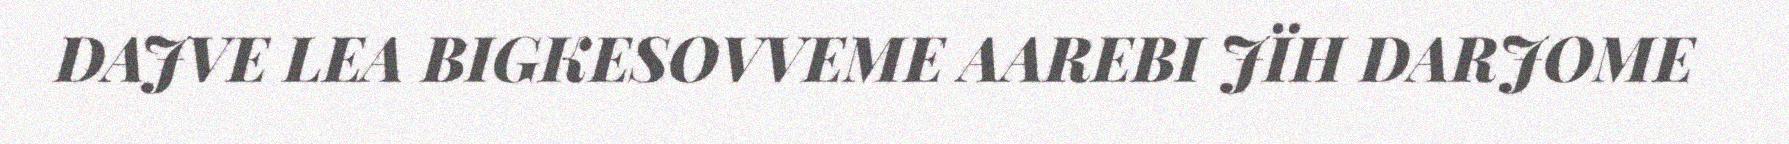
DAJVE LEA BIGKESOVVEME AAREBI JÏH DARJOME